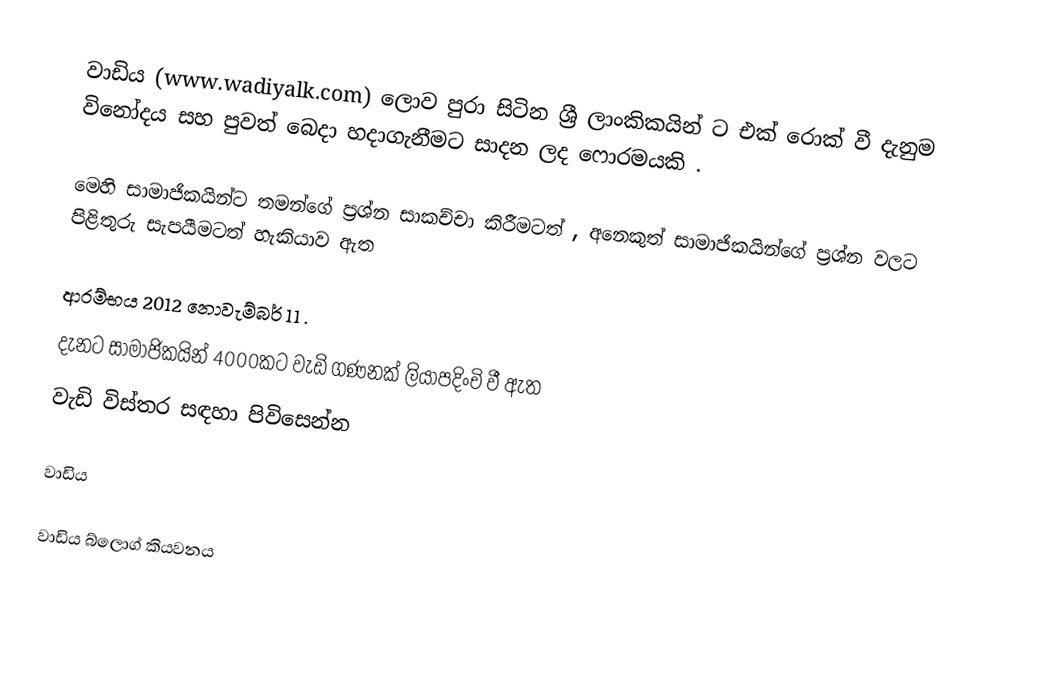
වාඩිය (www.wadiyalk.com) ලොව පුරා සිටින ශ්‍රී ලාංකිකයින් ට එක් රොක් වී දැනුම විනෝදය සහ පුවත් බෙදා හදාගැනීමට සාදන ලද ෆොරමයකි .

මෙහි සාමාජිකයින්ට තමන්ගේ ප්‍රශ්න සාකච්චා කිරීමටත් , අනෙකුත් සාමාජිකයින්ගේ ප්‍රශ්න වලට පිළිතුරු සැපයීමටත් හැකියාව ඇත

ආරම්භය 2012 නොවැම්බර් 11 .
දැනට සාමාජිකයින් 4000කට වැඩි ගණනක් ලියාපදිංචි වී ඇත
වැඩි විස්තර සඳහා පිවිසෙන්න

වාඩිය

වාඩිය බ්ලොග් කියවනය